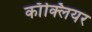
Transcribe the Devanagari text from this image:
काॅक्लियर